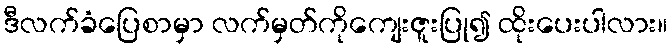
ဒီလက်ခံပြေစာမှာ လက်မှတ်ကိုကျေးဇူးပြု၍ ထိုးပေးပါလား။